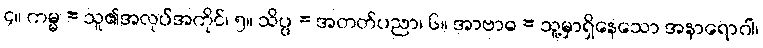
၄။ ကမ္မ = သူ၏အလုပ်အကိုင်၊ ၅။ သိပ္ပ = အတတ်ပညာ၊ ၆။ အာဗာဓ = သူ့မှာရှိနေသော အနာရောဂါ၊